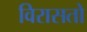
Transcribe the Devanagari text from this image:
विरासतो